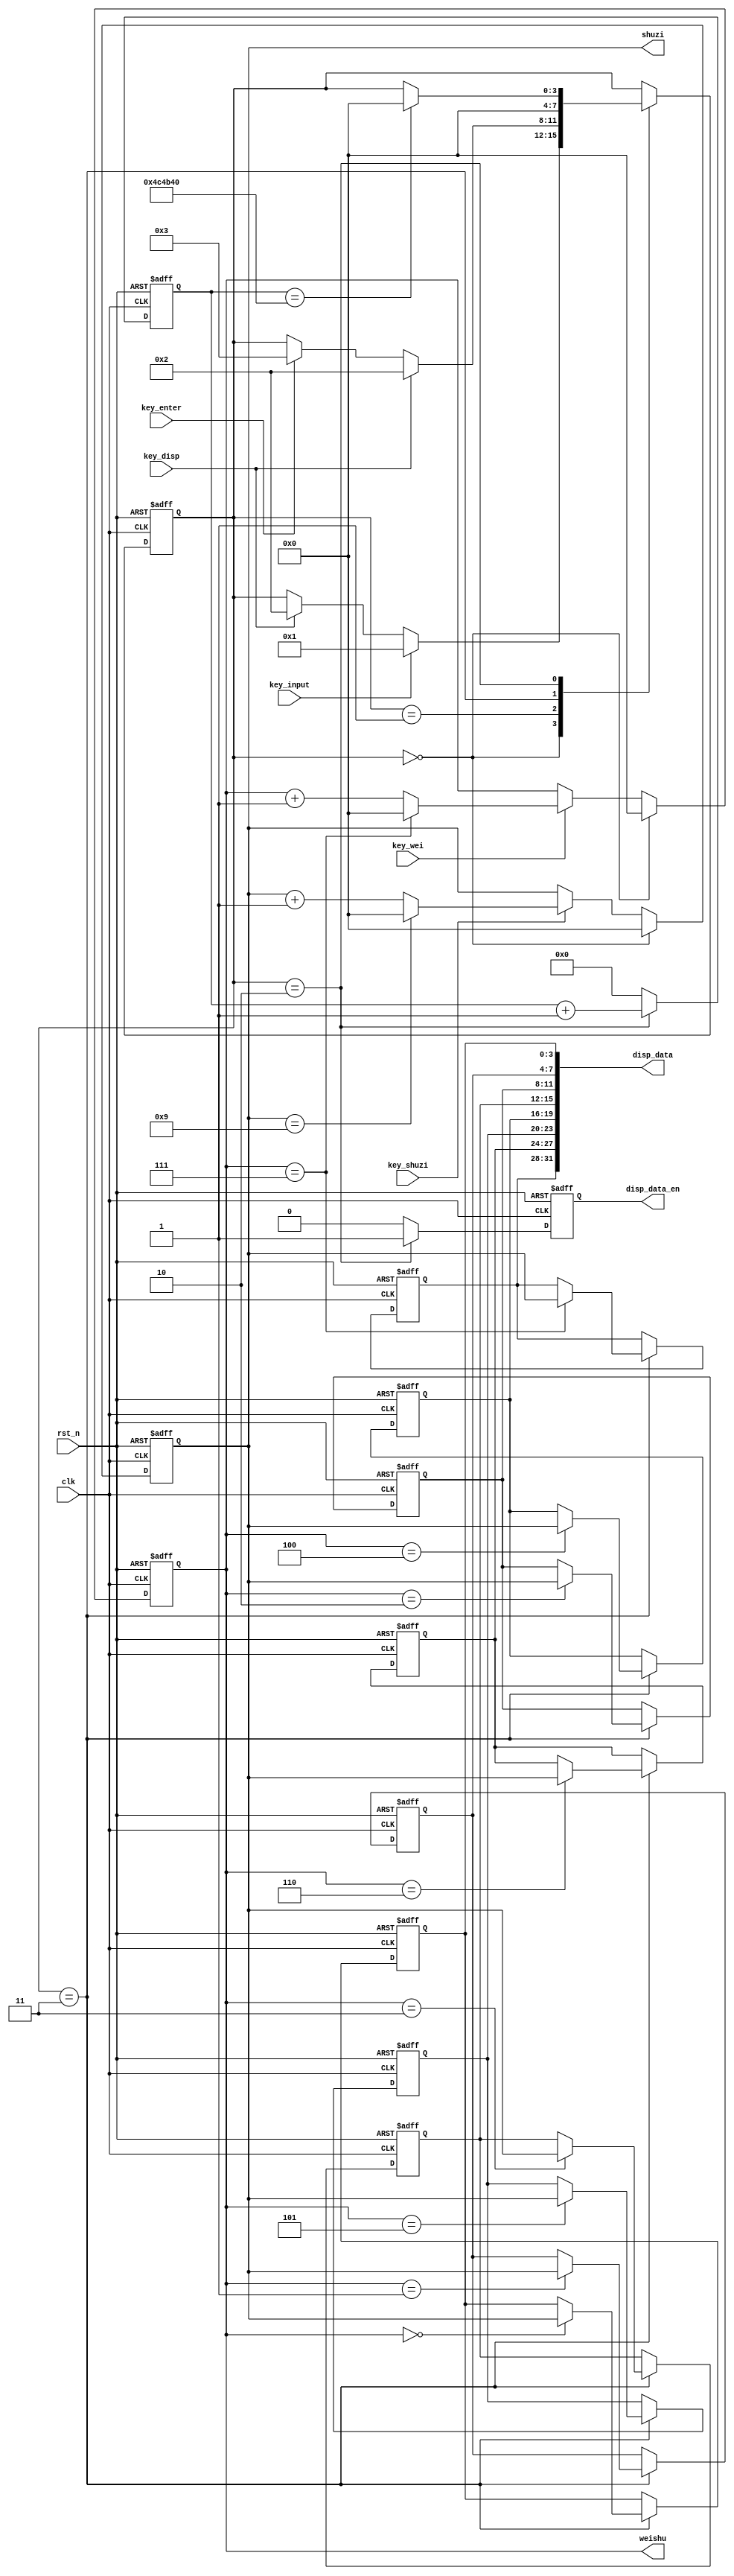
module key_ctrl(
	input		clk,
	input		rst_n,
	input		key_wei,//1
	input		key_shuzi,//1
	input		key_enter,//
	input		key_input,//
	input		key_disp,//
	output	reg	[3:0]	weishu,//
	output	reg	[3:0]	shuzi=0,//
	output		[31:0]	disp_data,//
	output	reg			disp_data_en//
);
parameter	IDLE		=4'd0;
parameter	INPUT_ST    =4'd1;
parameter	DISP_ST     =4'd2;
parameter	INPUT_ENTER	=4'd3;
reg	[3:0]	curr_st;
reg	[31:0]	disp_cnt;
reg	[3:0]	shuzi_7=0;//7
reg	[3:0]	shuzi_6=0;//6
reg	[3:0]	shuzi_5=0;//5
reg	[3:0]	shuzi_4=0;//4
reg	[3:0]	shuzi_3=0;//3
reg	[3:0]	shuzi_2=0;//2
reg	[3:0]	shuzi_1=0;//1
reg	[3:0]	shuzi_0=0;//0
//assign	disp_data={4'h1,4'h2,4'h3,4'h4,4'h5,4'h6,4'h7,4'h8};
assign	disp_data={shuzi_7,shuzi_6,shuzi_5,shuzi_4,shuzi_3,shuzi_2,shuzi_1,shuzi_0};
always@(posedge clk or negedge rst_n)begin
	if(!rst_n)begin
		curr_st<=IDLE;
	end else case(curr_st)
		IDLE:begin
			if(key_input)
				curr_st<=INPUT_ST;
			else if(key_disp)
				curr_st<=DISP_ST;
			else
				;
		end
		INPUT_ST:begin
			if(key_disp)
				curr_st<=DISP_ST;
			else if(key_enter)
				curr_st<=INPUT_ENTER;
			else
				;
		end
		INPUT_ENTER:begin
			curr_st<=IDLE;
		end
		DISP_ST:begin
			if(disp_cnt==5000000)//3HZ
				curr_st<=IDLE;
			else 
				;
		end
		default:;
	endcase
end
always@(posedge clk or negedge rst_n)begin
	if(!rst_n)
		disp_cnt<=0;
	else if(curr_st==DISP_ST)
		disp_cnt<=disp_cnt+1;
	else
		disp_cnt<=0;
end
always@(posedge clk or negedge rst_n)begin
	if(!rst_n)begin
		disp_data_en<=0;
	end else if(curr_st==DISP_ST)
		disp_data_en<=1;
	else
		disp_data_en<=0;
end
always@(posedge clk or negedge rst_n)begin
	if(!rst_n)begin
		shuzi<=0;
	end else if(curr_st==IDLE)begin
		shuzi<=0;
	end else if(key_shuzi)begin
		if(shuzi==9)
			shuzi<=0;
		else
			shuzi<=shuzi+1;
	end else ;
end
always@(posedge clk or negedge rst_n)begin
	if(!rst_n)begin
		weishu<=0;
	end else if(curr_st==IDLE)begin
		weishu<=0;
	end else if(key_wei)begin
		if(weishu==7)
			weishu<=0;
		else
			weishu<=weishu+1;
	end else ;
end
always@(posedge clk or negedge rst_n)begin
	if(!rst_n)begin
		shuzi_7<=0;//7
		shuzi_6<=0;//6
		shuzi_5<=0;//5
		shuzi_4<=0;//4
		shuzi_3<=0;//3
		shuzi_2<=0;//2
		shuzi_1<=0;//1
		shuzi_0<=0;//0
	end else if(curr_st==INPUT_ENTER)begin//
		case(weishu)
		0:shuzi_0<=shuzi;
		1:shuzi_1<=shuzi;
		2:shuzi_2<=shuzi;
		3:shuzi_3<=shuzi;
		4:shuzi_4<=shuzi;
		5:shuzi_5<=shuzi;
		6:shuzi_6<=shuzi;
		7:shuzi_7<=shuzi;
		default:;
		endcase
	end else ;
end
endmodule